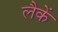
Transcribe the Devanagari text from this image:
लैकें